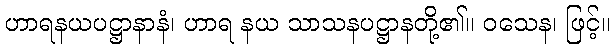
ဟာရနယပဋ္ဌာနာနံ၊ ဟာရ နယ သာသနပဋ္ဌာနတို့၏။ ဝသေန၊ ဖြင့်။